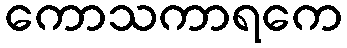
ကောသကာရကေ